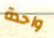
واحدة